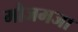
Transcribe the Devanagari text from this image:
मौजमजा